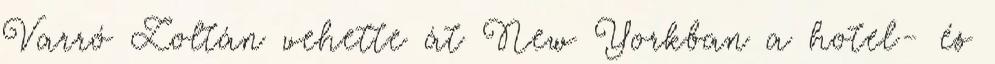
Varró Zoltán vehette át New Yorkban a hotel- és